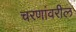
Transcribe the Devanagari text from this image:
चरणांवरील